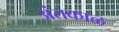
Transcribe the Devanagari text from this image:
अंतकाळ